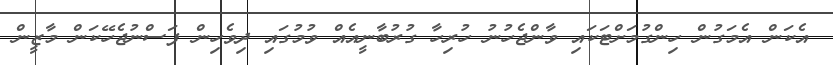
އެކަން އެމަގުން ހިންގުމަށްޓަކައި ވާންޖެހުނު ހުރިހާ ގުރުބާނީއެއް ވުމުގައި ދިވެހިން ފަސްނުޖެހޭކަން މާޒީން